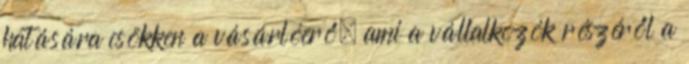
hatására csökken a vásárlóerő, ami a vállalkozók részéről a